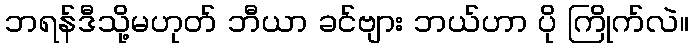
ဘရန်ဒီသို့မဟုတ် ဘီယာ ခင်ဗျား ဘယ်ဟာ ပို ကြိုက်လဲ။